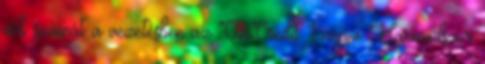
nők számát a vezetésben az UniCredit 1 napja Harmadszor